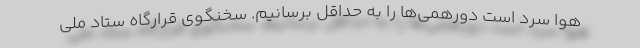
هوا سرد است دورهمی‌ها را به حداقل برسانیم. سخنگوی قرارگاه ستاد ملی